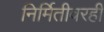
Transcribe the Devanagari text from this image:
निर्मितीवरही